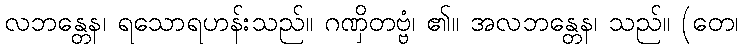
လဘန္တေန၊ ရသောရဟန်းသည်။ ဂဏှိတဗ္ဗံ၊ ၏။ အလဘန္တေန၊ သည်။ (တေ၊